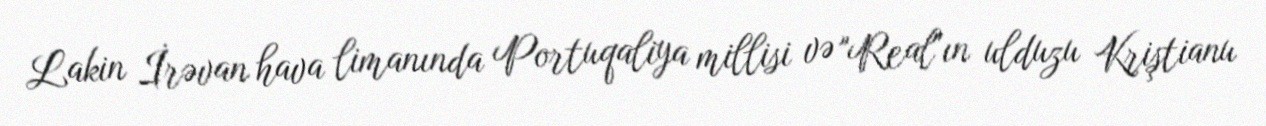
Lakin İrəvan hava limanında Portuqaliya millisi və "Real"ın ulduzu Kriştianu